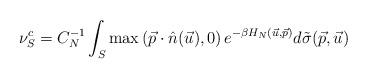
LaTeX: \begin{align*} \nu_S^c = C_N^{-1} \int_{S} \max\left( \vec p \cdot \hat n(\vec u),0\right) e^{-\beta H_N(\vec u, \vec p)} d\tilde{\sigma}(\vec p, \vec u) \end{align*}